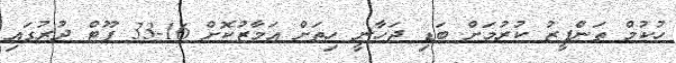
ހުކުމް ތަންފީޒު ކުރުމަށް ބަޑި ޖަހާނީ ހިތަށް އަމާޒުކޮށް 16-33 ފޫޓް ދުރުގައި